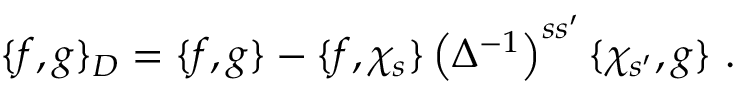
\{ f , g \} _ { D } = \{ f , g \} - \{ f , \chi _ { s } \} \left( \Delta ^ { - 1 } \right) ^ { s s ^ { \prime } } \{ \chi _ { s ^ { \prime } } , g \} \ .